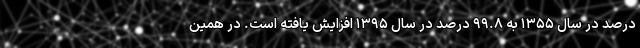
درصد در سال ۱۳۵۵ به ۹۹.۸ درصد در سال ۱۳۹۵ افزایش یافته است. در همین